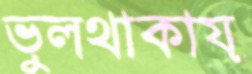
ভুলথাকায়